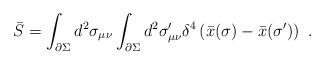
\begin{align*}\bar{S} = \int_{\partial \Sigma } d^2 \sigma_{\mu \nu } \int_{\partial \Sigma } d^2 \sigma^{\prime }_{\mu \nu } \delta^{4} \left( \bar{x} (\sigma ) - \bar{x} (\sigma^{\prime } ) \right) \ .\end{align*}